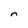
Character: n